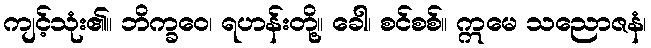
ကျင့်သုံး၏။ ဘိက္ခဝေ၊ ရဟန်းတို့။ ခေါ၊ စင်စစ်။ ဣမေ သညောဇနံ၊